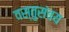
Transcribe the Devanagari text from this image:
वस्तुसंचय